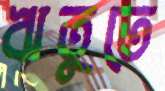
ঋতুতে